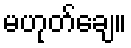
မဟုတ်ချေ။